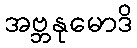
အဗ္ဘနုမောဒိ